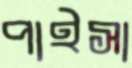
পাইসা